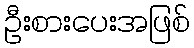
ဦးစားပေးအဖြစ်